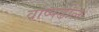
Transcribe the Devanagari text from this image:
वाष्पढोल